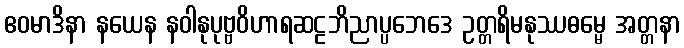
ဧဝမာဒိနာ နယေန နဝါနုပုဗ္ဗဝိဟာရဆဠဘိညာပ္ပဘေဒေ ဥတ္တရိမနုဿဓမ္မေ အတ္တနာ